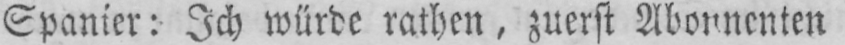
Spanier: Ich würde rathen, zuerst Abonnenten